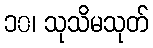
၁၀၊ သုသိမသုတ်